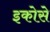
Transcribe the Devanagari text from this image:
इकोसे